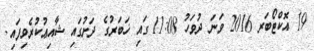
19 އޮކްޓޯބަރ 2016 ވަނަ ދުވަހު 11:08 ގައި ޚަބަރުގެ ދަށުގައި ޝާއިޢުކުރެވިފައި.